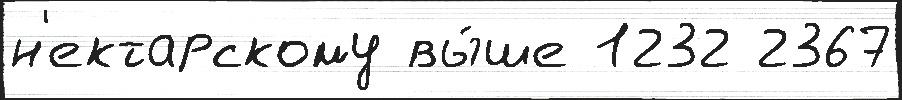
н'ектарскому вы́ше 1232 2367